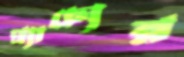
প্র্যাচ্যের